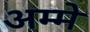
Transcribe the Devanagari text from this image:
अम्मे